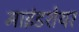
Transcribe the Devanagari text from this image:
माइंडशेयर